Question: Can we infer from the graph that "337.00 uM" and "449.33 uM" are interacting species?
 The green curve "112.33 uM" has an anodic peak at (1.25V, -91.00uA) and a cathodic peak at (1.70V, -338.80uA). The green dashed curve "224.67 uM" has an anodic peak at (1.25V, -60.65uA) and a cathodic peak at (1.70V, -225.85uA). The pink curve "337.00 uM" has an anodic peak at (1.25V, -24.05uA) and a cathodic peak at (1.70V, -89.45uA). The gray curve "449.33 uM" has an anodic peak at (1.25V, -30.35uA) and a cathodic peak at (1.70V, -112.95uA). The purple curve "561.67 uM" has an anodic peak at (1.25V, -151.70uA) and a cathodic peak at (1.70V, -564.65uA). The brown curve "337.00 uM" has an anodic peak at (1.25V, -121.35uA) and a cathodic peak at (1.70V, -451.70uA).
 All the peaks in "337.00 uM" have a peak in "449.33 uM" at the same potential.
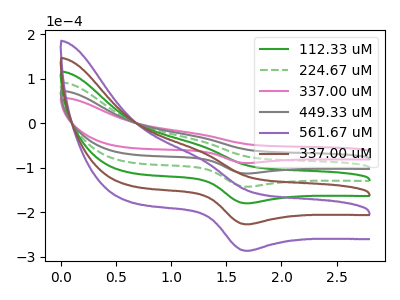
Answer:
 <answer>No, "337.00 uM" and "449.33 uM" don't appear to be significantly different in shape</answer>
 <eval>no_change</eval>